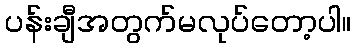
ပန်းချီအတွက်မလုပ်တော့ပါ။